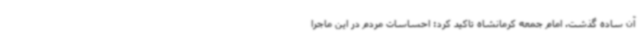
آن ساده گذشت. امام جمعه کرمانشاه تاکید کرد: احساسات مردم در این ماجرا